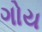
ગોય